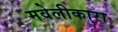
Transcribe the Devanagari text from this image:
मवेलीकारा